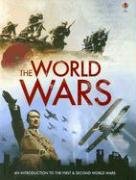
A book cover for The World Wars; Paul Dowswell; Children's Books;